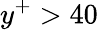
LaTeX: y^{+}>40